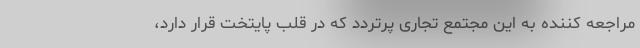
مراجعه کننده به این مجتمع تجاری پرتردد که در قلب پایتخت قرار دارد،